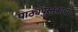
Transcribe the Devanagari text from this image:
पाठ्यपुस्तकाची